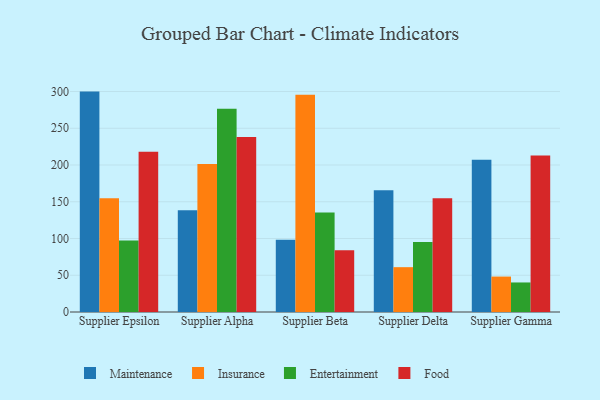
{"axis": {"x": "Supplier", "y": "Tickets Resolved"}, "legend": ["Entertainment", "Food", "Insurance", "Maintenance"], "data": [{"x": "Supplier Epsilon", "y": 299.9, "type": "Maintenance"}, {"x": "Supplier Epsilon", "y": 154.8, "type": "Insurance"}, {"x": "Supplier Epsilon", "y": 97.4, "type": "Entertainment"}, {"x": "Supplier Epsilon", "y": 218.1, "type": "Food"}, {"x": "Supplier Alpha", "y": 138.6, "type": "Maintenance"}, {"x": "Supplier Alpha", "y": 201.3, "type": "Insurance"}, {"x": "Supplier Alpha", "y": 276.4, "type": "Entertainment"}, {"x": "Supplier Alpha", "y": 238.2, "type": "Food"}, {"x": "Supplier Beta", "y": 98.3, "type": "Maintenance"}, {"x": "Supplier Beta", "y": 295.5, "type": "Insurance"}, {"x": "Supplier Beta", "y": 135.5, "type": "Entertainment"}, {"x": "Supplier Beta", "y": 84.1, "type": "Food"}, {"x": "Supplier Delta", "y": 165.8, "type": "Maintenance"}, {"x": "Supplier Delta", "y": 61.0, "type": "Insurance"}, {"x": "Supplier Delta", "y": 95.1, "type": "Entertainment"}, {"x": "Supplier Delta", "y": 154.8, "type": "Food"}, {"x": "Supplier Gamma", "y": 207.3, "type": "Maintenance"}, {"x": "Supplier Gamma", "y": 48.2, "type": "Insurance"}, {"x": "Supplier Gamma", "y": 40.2, "type": "Entertainment"}, {"x": "Supplier Gamma", "y": 212.8, "type": "Food"}]}